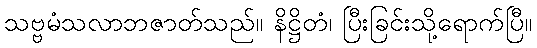
သဗ္ဗမံသလာဘဇာတ်သည်။ နိဋ္ဌိတံ၊ ပြီးခြင်းသို့ရောက်ပြီ။